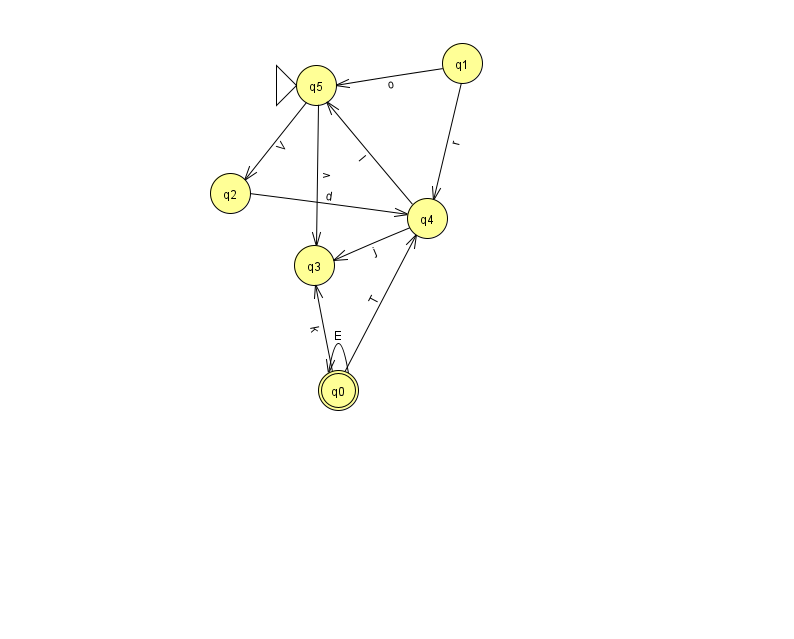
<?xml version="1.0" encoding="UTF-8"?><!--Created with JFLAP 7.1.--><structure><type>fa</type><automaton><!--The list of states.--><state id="0" name="q0"><x>338.0</x><y>377.0</y><final/></state><state id="1" name="q1"><x>462.0</x><y>50.0</y></state><state id="2" name="q2"><x>230.0</x><y>180.0</y></state><state id="3" name="q3"><x>314.0</x><y>252.0</y></state><state id="4" name="q4"><x>427.0</x><y>205.0</y></state><state id="5" name="q5"><x>316.0</x><y>72.0</y><initial/></state><!--The list of transitions.--><transition><from>2</from><to>4</to><read>d</read></transition><transition><from>4</from><to>3</to><read>j</read></transition><transition><from>0</from><to>0</to><read>E</read></transition><transition><from>4</from><to>5</to><read>I</read></transition><transition><from>5</from><to>3</to><read>v</read></transition><transition><from>0</from><to>4</to><read>T</read></transition><transition><from>0</from><to>3</to><read>k</read></transition><transition><from>5</from><to>2</to><read>V</read></transition><transition><from>1</from><to>4</to><read>r</read></transition><transition><from>1</from><to>5</to><read>o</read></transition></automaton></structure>